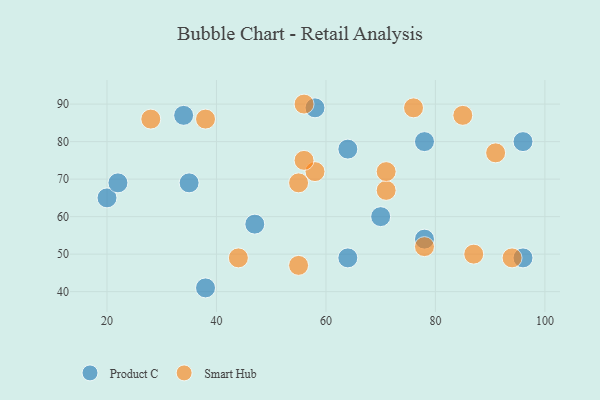
{"axis": {"x": "GDP", "y": "Life Expectancy"}, "legend": ["Product C", "Smart Hub"], "data": [{"x": "20", "y": 65, "type": "Product C"}, {"x": "22", "y": 69, "type": "Product C"}, {"x": "38", "y": 41, "type": "Product C"}, {"x": "70", "y": 60, "type": "Product C"}, {"x": "78", "y": 54, "type": "Product C"}, {"x": "58", "y": 89, "type": "Product C"}, {"x": "64", "y": 78, "type": "Product C"}, {"x": "96", "y": 80, "type": "Product C"}, {"x": "34", "y": 87, "type": "Product C"}, {"x": "78", "y": 80, "type": "Product C"}, {"x": "96", "y": 49, "type": "Product C"}, {"x": "35", "y": 69, "type": "Product C"}, {"x": "64", "y": 49, "type": "Product C"}, {"x": "47", "y": 58, "type": "Product C"}, {"x": "28", "y": 86, "type": "Smart Hub"}, {"x": "71", "y": 67, "type": "Smart Hub"}, {"x": "71", "y": 72, "type": "Smart Hub"}, {"x": "91", "y": 77, "type": "Smart Hub"}, {"x": "94", "y": 49, "type": "Smart Hub"}, {"x": "78", "y": 52, "type": "Smart Hub"}, {"x": "58", "y": 72, "type": "Smart Hub"}, {"x": "44", "y": 49, "type": "Smart Hub"}, {"x": "87", "y": 50, "type": "Smart Hub"}, {"x": "38", "y": 86, "type": "Smart Hub"}, {"x": "55", "y": 47, "type": "Smart Hub"}, {"x": "55", "y": 69, "type": "Smart Hub"}, {"x": "56", "y": 75, "type": "Smart Hub"}, {"x": "76", "y": 89, "type": "Smart Hub"}, {"x": "85", "y": 87, "type": "Smart Hub"}, {"x": "56", "y": 90, "type": "Smart Hub"}]}